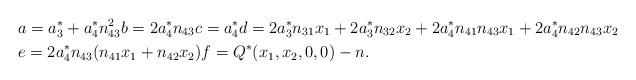
LaTeX: \begin{align*}& a = a_{3}^{*} + a_{4}^{*} n_{43}^{2} b = 2 a_{4}^{*} n_{43} c = a_{4}^{*} d = 2 a_{3}^{*} n_{31} x_{1} + 2 a_{3}^{*} n_{32} x_{2} + 2a_{4}^{*} n_{41} n_{43} x_{1} + 2a_{4}^{*} n_{42} n_{43} x_{2}\\ & e = 2a_{4}^{*} n_{43} (n_{41} x_{1} + n_{42} x_{2}) f = Q^{*}(x_{1},x_{2},0,0) - n.\end{align*}